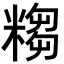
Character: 𥻤